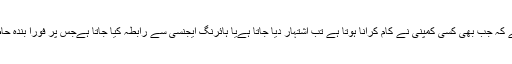
دبئی کا ٹرینڈ یہ ہے کہ جب بھی کسی کمپنی نے کام کرانا ہوتا ہے تب اشتہار دیا جاتا ہےیا ہائرنگ ایجنسی سے رابطہ کیا جاتا ہےجس پر فوراً بندہ حاضر کردیا جاتا ہے۔